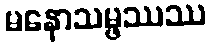
မနောသမ္ဖဿဿ